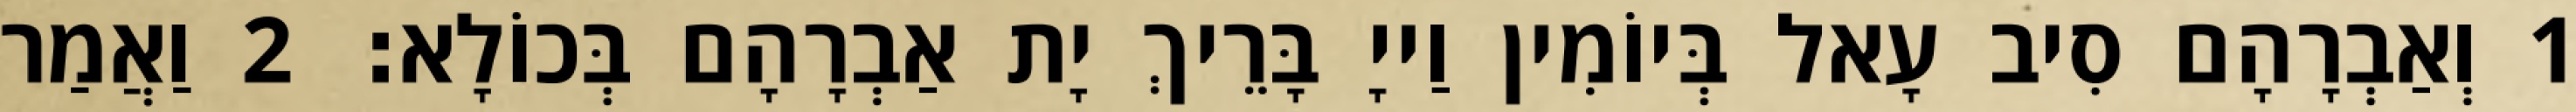
1 וְאַבְרָהָם סִיב עָאל בְּיוֹמִין וַייָ בָּרֵיךְ יָת אַבְרָהָם בְּכוֹלָא׃ 2 וַאֲמַר